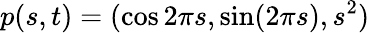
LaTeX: p(s,t)=(\cos 2\pi s,\sin(2\pi s),s^{2})